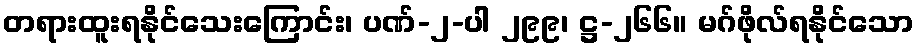
တရားထူးရနိုင်သေးကြောင်း၊ ပဏ်-၂-ပါ ၂၉၉၊ ဋ္ဌ-၂၆၆။ မဂ်ဖိုလ်ရနိုင်သော